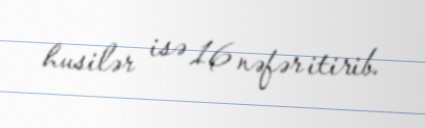
husilər isə 16 nəfər itirib.